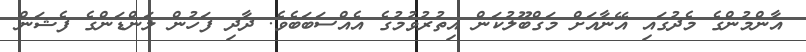
އާންމުންގެ މެދުގައި އޭނާއަށް މަގްބޫލުކަން އިތުރުވުމުގެ އެއްސަބަބެވެ. ދާދި ފަހުން ލަންޑަންގެ ފެޝަން